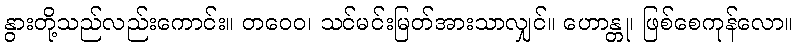
နွားတို့သည်လည်းကောင်း။ တဝေဝ၊ သင်မင်းမြတ်အားသာလျှင်။ ဟောန္တု၊ ဖြစ်စေကုန်လော။